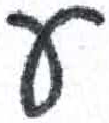
אות: ע